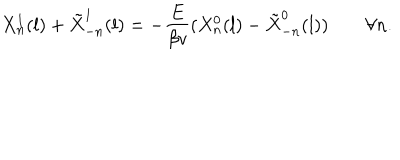
LaTeX: X _ { n } ^ { 1 } ( l ) + \tilde { X } _ { - n } ^ { 1 } ( l ) = - \frac { E } { \beta v } ( X _ { n } ^ { 0 } ( l ) - \tilde { X } _ { - n } ^ { 0 } ( l ) ) \quad \quad \forall n .